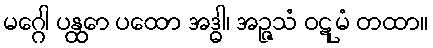
မဂ္ဂေါ ပန္ထော ပထော အဒ္ဓါ၊ အဉ္ဇသံ ဝဋုမံ တထာ။